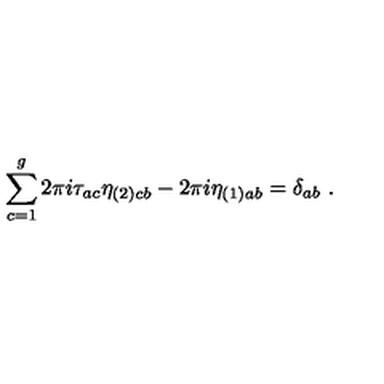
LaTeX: \sum _ { c = 1 } ^ { g } 2 \pi i \tau _ { a c } \eta _ { ( 2 ) c b } - 2 \pi i \eta _ { ( 1 ) a b } = \delta _ { a b } \ .